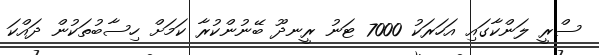
ސްރީ ލަންކާގައި އަހަރަކު 7000 ޓަނު ރީނދޫ ބޭނުންކުރާ ކަމަށް ހިސާބުތަކުން ދައްކަ